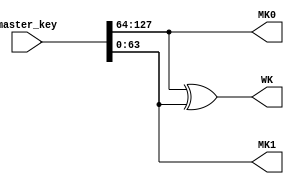

//////////////////////////////////////////////////////////////////////////////////
// Company:
// Engineer:
// 
// Design Name: 
// Module Name:    key_derivation 
// Project Name: 
// Target Devices: 
// Tool versions: 
// Description: 
//
// Dependencies: 
//
// Revision: 
// Revision 0.01 - File Created
// Additional Comments: 
//
//////////////////////////////////////////////////////////////////////////////////
module key_derivation(
	input wire [127:0] master_key,
	output wire [63:0] WK,
	output wire [63:0] MK0,
	output wire [63:0] MK1
);

	assign MK0 = master_key[127:64];
	assign MK1 = master_key[63:0];
	assign WK = master_key[127:64] ^ master_key[63:0];

endmodule